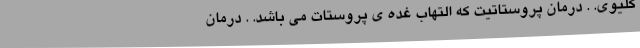
کلیوی. . درمان پروستاتیت که التهاب غده ی پروستات می باشد. . درمان